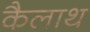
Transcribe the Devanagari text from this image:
कैलाथ